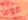
قوما